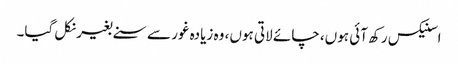
اسنیکس رکھ آئی ہوں، چائے لاتی ہوں، وہ زیادہ غور سے سنے بغیر نکل گیا۔